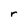
Character: r